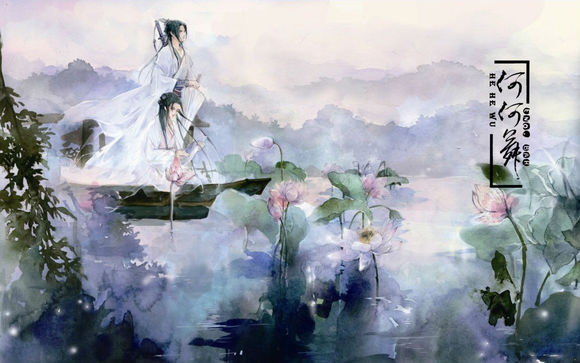
鸟雀呼晴，侵晓窥檐语。